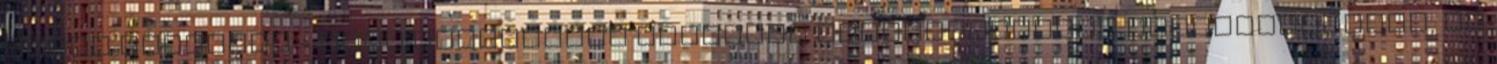
inkák nyomában - Peru kulturális kincseiA legnépszerűnbb látványosságok, és